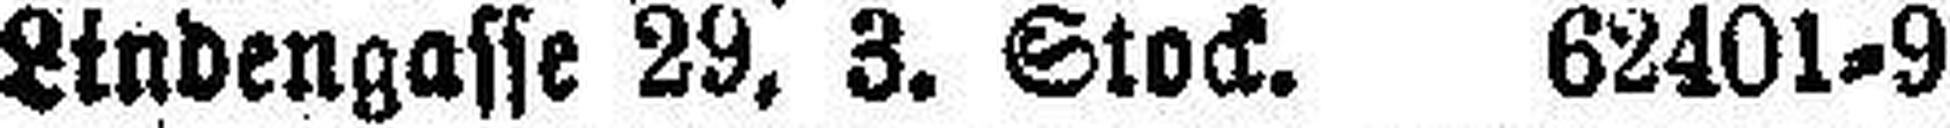
Lindengasse 29, 3. Stock. 62401=9